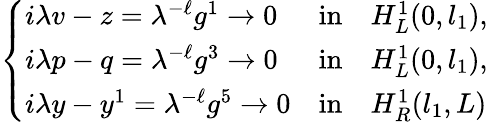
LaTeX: \left\{ \begin{array}{lll}{i{\lambda}v-z={\lambda}^{-\ell}g^{1}\to 0}&{\mathrm{in}}&{H_{L}^{1}(0,l_{1}),}\\ {i{\lambda}p-q={\lambda}^{-\ell}g^{3}\to 0}&{\mathrm{in}}&{H_{L}^{1}(0,l_{1}),}\\ {i{\lambda}y-y^{1}={\lambda}^{-\ell}g^{5}\to 0}&{\mathrm{in}}&{H_{R}^{1}(l_{1},L)}\end{array}\right.